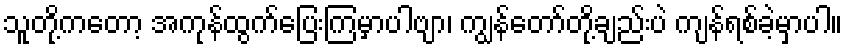
သူတို့ကတော့ အကုန်ထွက်ပြေးကြမှာပါဗျာ၊ ကျွန်တော်တို့ချည်းပဲ ကျန်ရစ်ခဲ့မှာပါ။